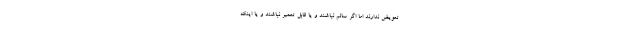
تعویض ندارند اما اگر سالم نباشند و یا قابل تعمیر نباشند و یا اینکه